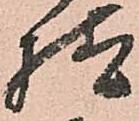
様